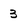
Character: 3